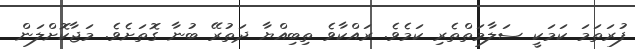
ފުރަތަމަ ކަމަކީ ސަލާމަތްތެރި ކަމެވެ. ރައްކާވެ ތިބިއްޔާ ދަތުރޭ ބުނާ ގޮތަށެވެ. މަޖާކޮށްލަން